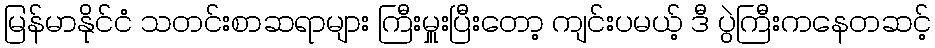
မြန်မာနိုင်ငံ သတင်းစာဆရာများ ကြီးမှူးပြီးတော့ ကျင်းပမယ့် ဒီ ပွဲကြီးကနေတဆင့်